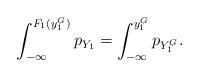
LaTeX: \begin{align*}\int_{-\infty}^{F_1(y^G_1)} p_{Y_1} = \int_{-\infty}^{y^G_1} p_{Y^G_1}. \end{align*}